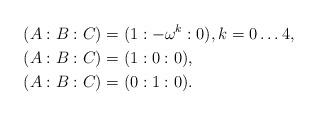
LaTeX: \begin{align*}(A:B:C)&=(1:-\omega^k:0), k = 0\ldots 4,\\(A:B:C)&=(1:0:0),\\(A:B:C)&=(0:1:0).\end{align*}